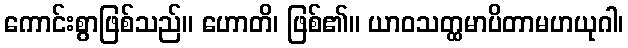
ကောင်းစွာဖြစ်သည်။ ဟောတိ၊ ဖြစ်၏။ ယာဝသတ္ထမာပိတာမဟယုဂါ၊